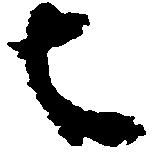
者